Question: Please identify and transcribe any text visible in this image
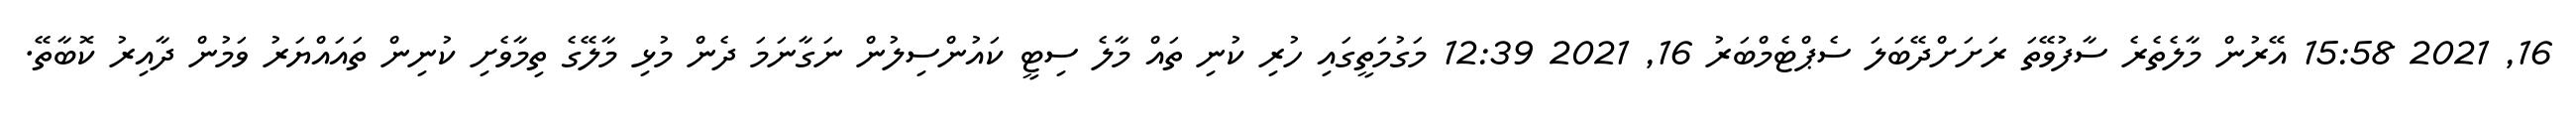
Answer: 16, 2021 15:58 އޭރުން މާލެތެރެ ސާފުވޭތަ ރަށަށްދޭބަލަ ސެޕްޓެމްބަރު 16, 2021 12:39 މަގުމަތީގައި ހުރި ކުނި ތައް މާލެ ސިޓީ ކައުންސިލުން ނަގާނަމަ ދެން މުޅި މާލޭގެ ތިމާވެށި ކުނިން ތައައްޔަރު ވަމުން ދާއިރު ކޮބާތޭ.